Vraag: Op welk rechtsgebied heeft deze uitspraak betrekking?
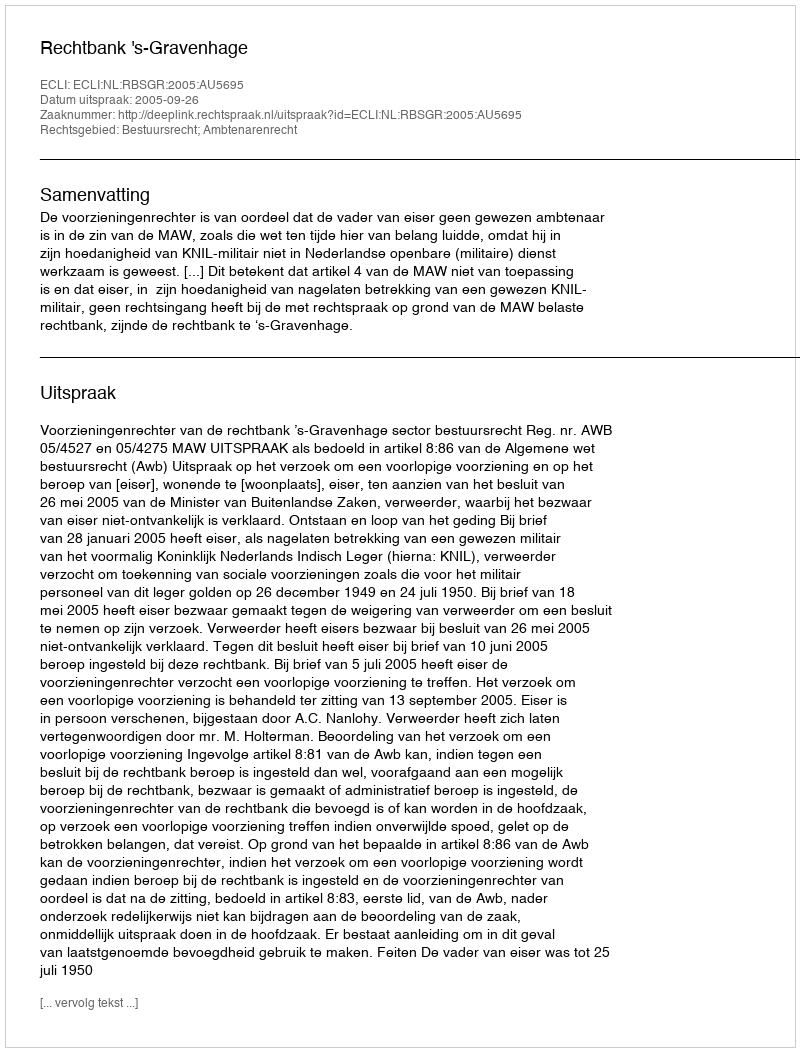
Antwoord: Bestuursrecht; Ambtenarenrecht